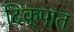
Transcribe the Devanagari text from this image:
दिक्‌पात